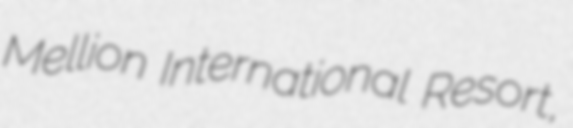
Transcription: Mellion International Resort,